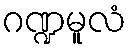
ဂဏ္ဍမူလံ